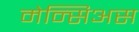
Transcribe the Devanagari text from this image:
मेन्सिअस